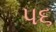
પ૬